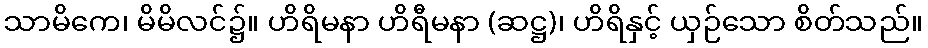
သာမိကေ၊ မိမိလင်၌။ ဟိရိမနာ ဟိရီမနာ (ဆဋ္ဌ)၊ ဟိရိနှင့် ယှဉ်သော စိတ်သည်။